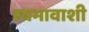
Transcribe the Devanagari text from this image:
स्वभावाशी